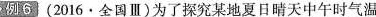
列6(2016\cdot全国Ⅲ)为了探究某地夏日晴天中午时气温